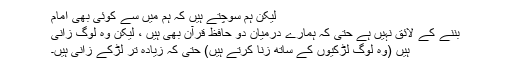
لیکن ہم سوچتے ہیں کہ ہم میں سے کوئی بھی امام
بننے کے لائق نہیں ہے حتی کہ ہمارے درمیان دو حافظ قرآن بھی ہیں ، لیکن وہ لوگ زانی
ہیں (وہ لوگ لڑکیوں کے ساتھ زنا کرتے ہیں) حتی کہ زیادہ تر لڑکے زانی ہیں۔